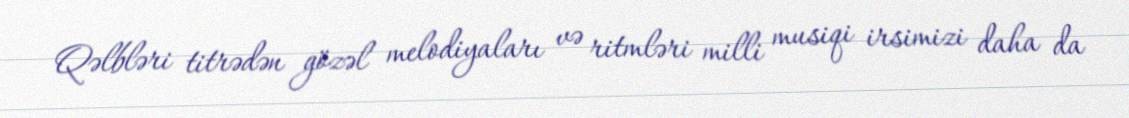
Qəlbləri titrədən gözəl melodiyaları və ritmləri milli musiqi irsimizi daha da